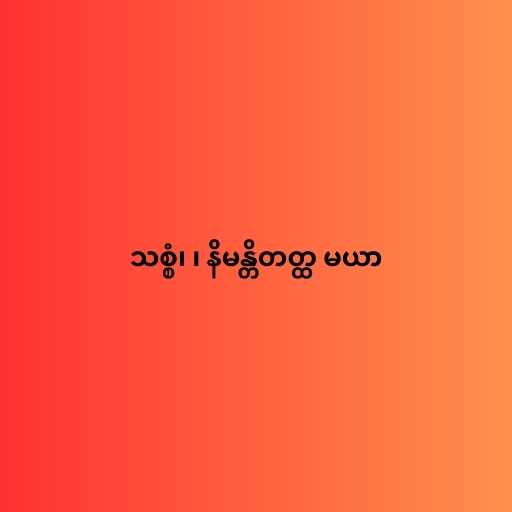
သစ္စံ၊ ၊ နိမန္တိတတ္ထ မယာ